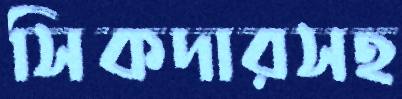
সিকদারসহ